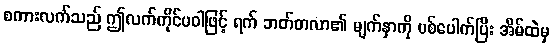
စကားလက်သည် ဤလက်ကိုင်ပဝါဖြင့် ရက် ဘတ်တလာ၏ မျက်နှာကို ပစ်ပေါက်ပြီး အိမ်ထဲမှ